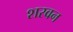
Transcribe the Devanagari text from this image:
शरवन